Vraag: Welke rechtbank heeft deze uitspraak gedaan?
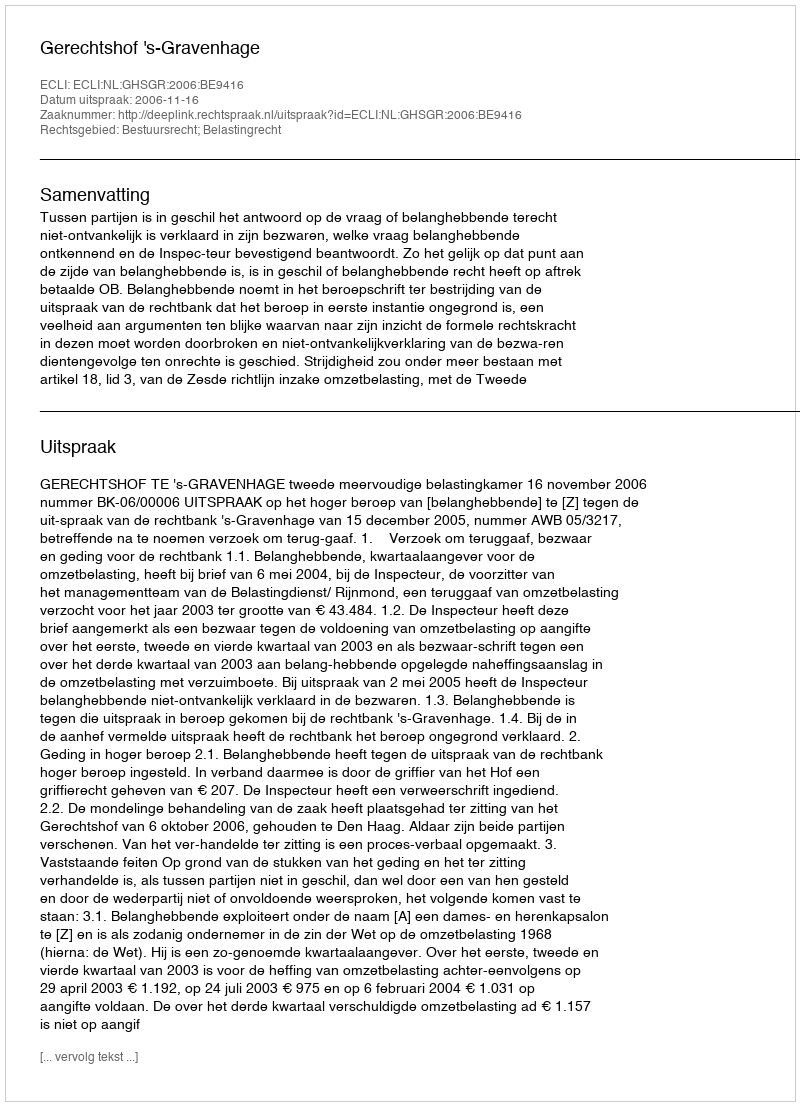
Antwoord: Gerechtshof 's-Gravenhage